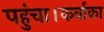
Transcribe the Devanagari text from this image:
पहुंचा।कर्वाका